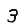
Digit: 3